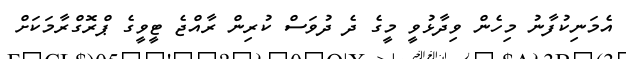
އެމަނިކުފާނު މިހެން ވިދާޅުވީ މީގެ ދެ ދުވަސް ކުރިން ރާއްޖެ ޓީވީގެ ޕްރޮގްރާމަކަށް